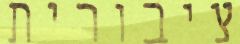
ציבורית